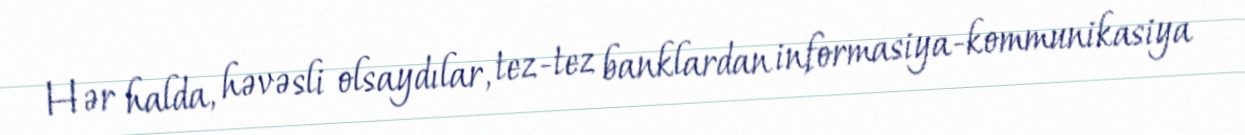
Hər halda, həvəsli olsaydılar, tez-tez banklardan informasiya-kommunikasiya